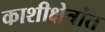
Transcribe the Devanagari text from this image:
काशीक्षेत्रांत